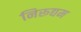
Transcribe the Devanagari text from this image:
निरूद्यम